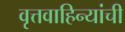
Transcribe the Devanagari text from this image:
वृत्तवाहिन्यांची